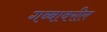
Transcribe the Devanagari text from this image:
गब्बावरील